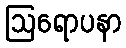
ဩရောပနာ